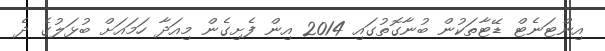
އިންޓަނެޓް ޑޭޓާތަކުން ބުނާގޮތުގައި 2014 އިން ފެށިގެން މިއަދާ ހަމައަށް ބުޅަލުގެ ދެ